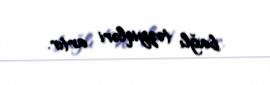
bağlı təzyiqləri artır.